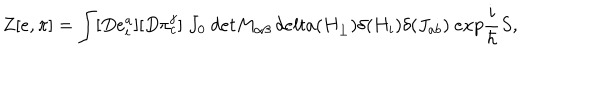
Z [ e , \pi ] = \int [ D e _ { i } ^ { a } ] [ D \pi _ { c } ^ { j } ] \ J _ { 0 } \ d e t M _ { \alpha \beta } \, d e l t a ( H _ { \perp } ) \delta ( H _ { i } ) \delta ( J _ { a b } ) \ e x p \frac { i } { \hbar } S ,